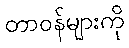
တာဝန်များကို